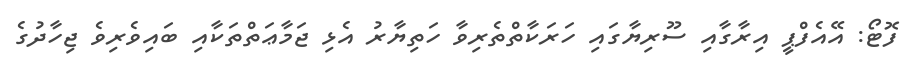
ފޮޓޯ: އޭއެފްޕީ އިރާގާއި ސޫރިޔާގައި ހަރަކާތްތެރިވާ ހަތިޔާރު އެޅި ޖަމާޢަތްތަކާއި ބައިވެރިވެ ޖިހާދުގެ